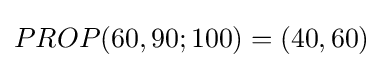
PROP(60,90;100)=(40,60)